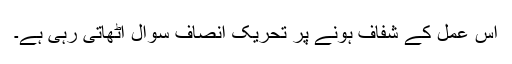
اس عمل کے شفاف ہونے پر تحریک انصاف سوال اٹھاتی رہی ہے۔